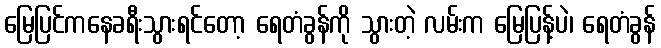
မြေပြင်ကနေခရီးသွားရင်တော့ ရေတံခွန်ကို သွားတဲ့ လမ်းက မြေပြန့်ပဲ၊ ရေတံခွန်